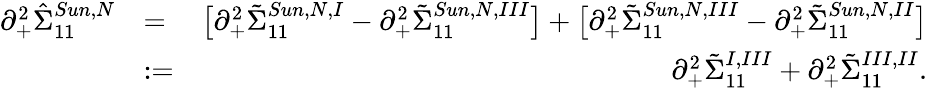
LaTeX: \begin{array}{rlr}{\partial_{+}^{2}\hat{\Sigma}_{11}^{Sun,N}}&{=}&{\big[\partial_{+}^{2}\tilde{\Sigma}_{11}^{Sun,N,I}-\partial_{+}^{2}\tilde{\Sigma}_{11}^{Sun,N,III}\big]+\big[\partial_{+}^{2}\tilde{\Sigma}_{11}^{Sun,N,III}-\partial_{+}^{2}\tilde{\Sigma}_{11}^{Sun,N,II}\big]}\\ &{:=}&{\partial_{+}^{2}\tilde{\Sigma}_{11}^{I,III}+\partial_{+}^{2}\tilde{\Sigma}_{11}^{III,II}.}\end{array}